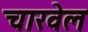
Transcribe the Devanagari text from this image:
चारवेल